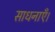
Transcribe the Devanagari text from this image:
साधनाएँ।